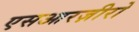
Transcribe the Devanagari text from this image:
एसआरज़ीरो